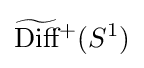
{\widetilde {\text{Diff}}}{}^{+}(S^{1})